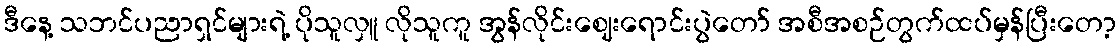
ဒီနေ့ သဘင်ပညာရှင်များရဲ့ ပိုသူလှူ လိုသူကူ အွန်လိုင်းဈေးရောင်းပွဲတော် အစီအစဉ်တွက်ထပ်မှန်ပြီးတော့